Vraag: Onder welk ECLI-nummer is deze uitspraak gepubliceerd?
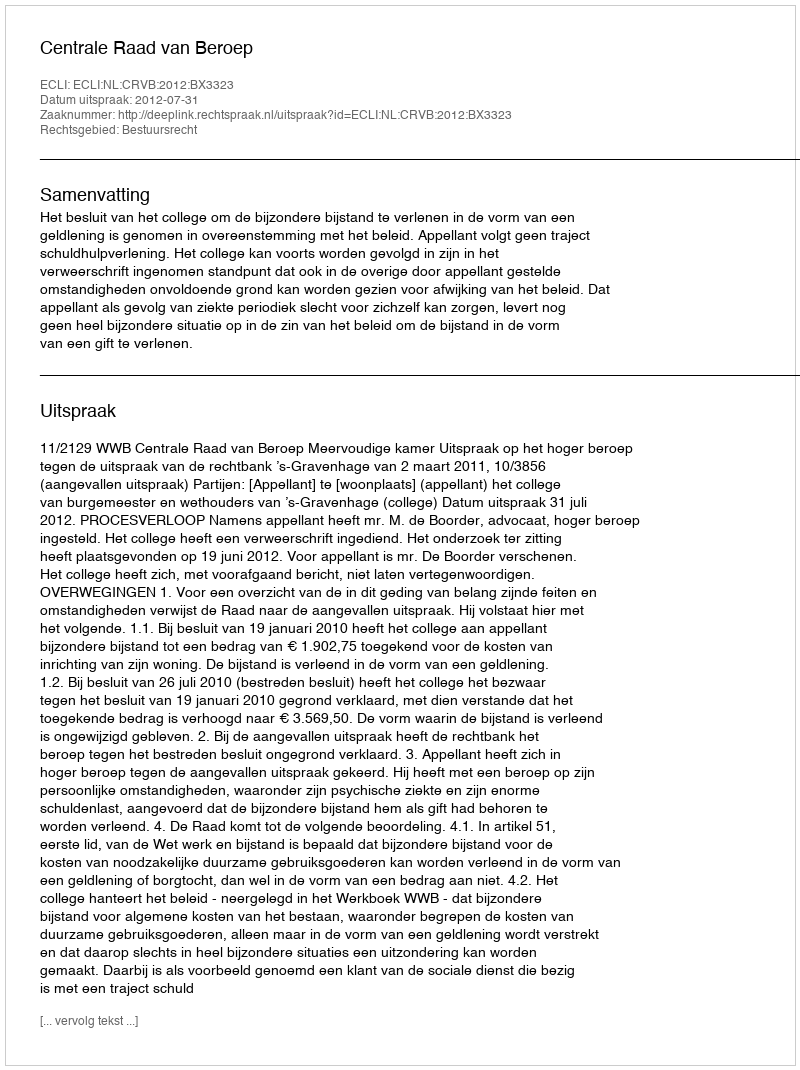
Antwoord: ECLI:NL:CRVB:2012:BX3323